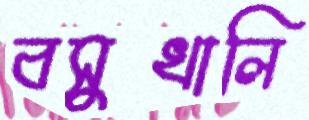
বসুখালি